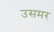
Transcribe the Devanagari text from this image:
उसमर